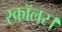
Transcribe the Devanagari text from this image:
स्कॉलर।